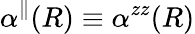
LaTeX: \alpha^{\parallel}(R)\equiv\alpha^{zz}(R)